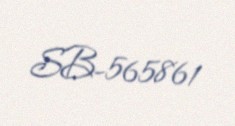
SB-565861